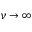
\nu \to \infty